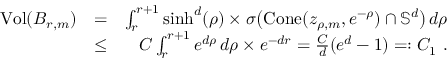
\begin{array} { r l r } { \mathrm { V o l } ( B _ { r , m } ) } & { = } & { \int _ { r } ^ { r + 1 } \sinh ^ { d } ( \rho ) \times \sigma \big ( \mathrm { C o n e } ( z _ { \rho , m } , e ^ { - \rho } ) \cap \mathbb { S } ^ { d } \big ) \, d \rho } \\ & { \leq } & { { C } \int _ { r } ^ { r + 1 } e ^ { d \rho } \, d \rho \times e ^ { - d r } = \frac { { C } } { d } ( e ^ { d } - 1 ) = : C _ { 1 } ~ . } \end{array}